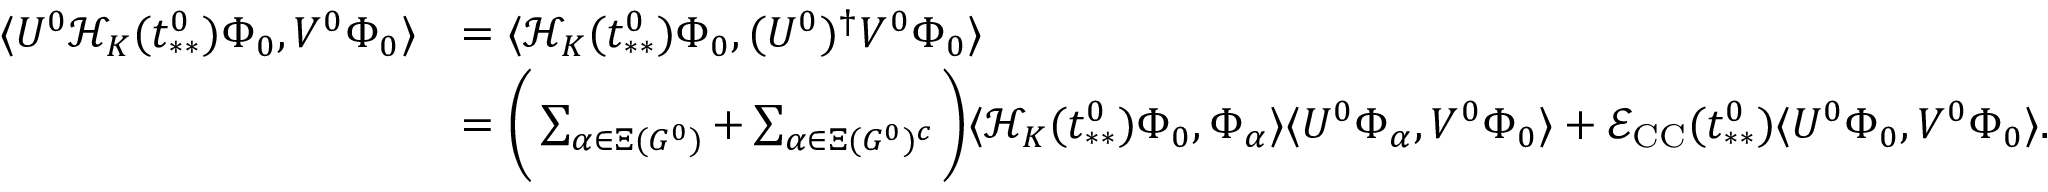
\begin{array} { r l } { \langle U ^ { 0 } \mathcal { H } _ { K } ( t _ { * * } ^ { 0 } ) \Phi _ { 0 } , V ^ { 0 } \Phi _ { 0 } \rangle } & { = \langle \mathcal { H } _ { K } ( t _ { * * } ^ { 0 } ) \Phi _ { 0 } , ( U ^ { 0 } ) ^ { \dag } V ^ { 0 } \Phi _ { 0 } \rangle } \\ & { = \Bigg ( \sum _ { \alpha \in \Xi ( G ^ { 0 } ) } + \sum _ { \alpha \in \Xi ( G ^ { 0 } ) ^ { c } } \Bigg ) \langle \mathcal { H } _ { K } ( t _ { * * } ^ { 0 } ) \Phi _ { 0 } , \Phi _ { \alpha } \rangle \langle U ^ { 0 } \Phi _ { \alpha } , V ^ { 0 } \Phi _ { 0 } \rangle + \mathcal { E } _ { \mathrm { C C } } ( t _ { * * } ^ { 0 } ) \langle U ^ { 0 } \Phi _ { 0 } , V ^ { 0 } \Phi _ { 0 } \rangle . } \end{array}